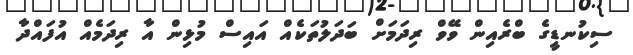
ސިކުނޑީގެ ބްރެއިން ވޭވް ރިދަމަށް ބަދަލުތަކެއް އައިސް މުޅިން އާ ރިދަމެއް އުފައްދާ